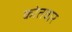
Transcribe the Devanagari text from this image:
कोतवार